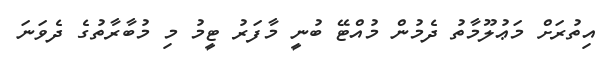
އިތުރަށް މަޢުލޫމާތު ދެމުން މުއްޓޭ ބުނީ މާފަރު ޓީމު މި މުބާރާތުގެ ދެވަނަ